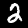
Digit: 2